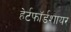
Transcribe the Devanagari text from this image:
हेर्टफाॅर्डशायर